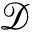
\mathcal { D }